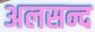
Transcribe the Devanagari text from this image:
अलसन्द